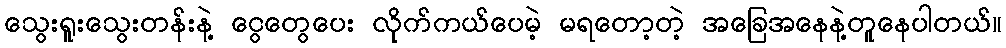
သွေးရူးသွေးတန်းနဲ့ ငွေတွေပေး လိုက်ကယ်ပေမဲ့ မရတော့တဲ့ အခြေအနေနဲ့တူနေပါတယ်။